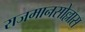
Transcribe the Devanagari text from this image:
राजमानसोल्लास